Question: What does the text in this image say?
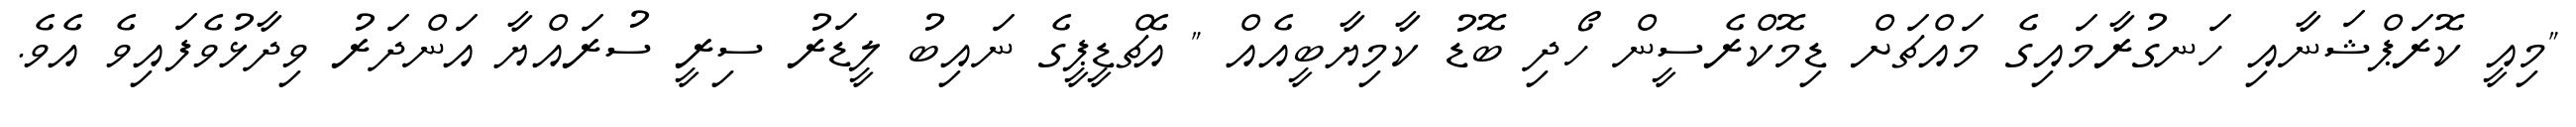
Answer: "މިއީ ކޮރަޕްޝަނާއި ހަނގުރާމައިގެ މައްޗަށް ޑިމޮކްރެސީން ހޯދި ބޮޑު ކާމިޔާބީއެއް " އެޗްޑީޕީގެ ނައިބު ލީޑަރު ސިރީ ސުރައްޔާ އަންދަރު ވިދާޅުވެފައިވެ އެވެ.